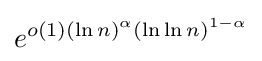
e^{o(1)(\ln n)^{\alpha }(\ln \ln n)^{1-\alpha }}